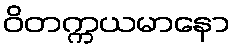
ဝိတက္ကယမာနော